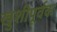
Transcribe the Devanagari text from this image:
खुशीपूर्वक